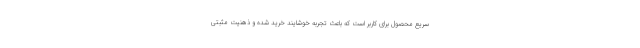
سریع محصول برای کاربر است که باعث تجربه خوشایند خرید شده و ذهنیت مثبتی